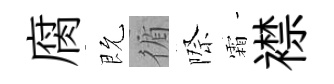
腐既循際霜襟